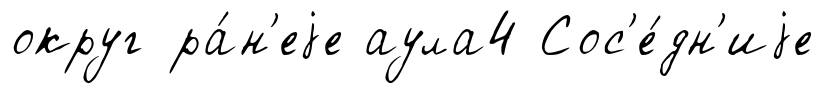
округ ра́н'еjе аула4 Сос'е́дн'иjе